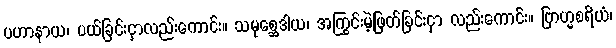
ပဟာနာယ၊ ပယ်ခြင်းငှာလည်းကောင်း။ သမုစ္ဆေဒါယ၊ အကြွင်းမဲ့ဖြတ်ခြင်းငှာ လည်းကောင်း။ ဗြာဟ္မစရိယံ၊